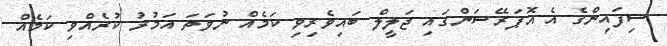
ސިފައިންގެ އެ އޮޕަރޭޝަންގައި ޖަލީލް ބައިވެރިވި ކަމެއް ނުވަތަ އަމުރު ކުރެއްވި ކަމެއް